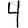
Digit: 4